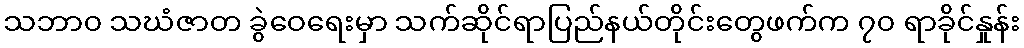
သဘာ၀ သဃံဇာတ ခွဲဝေရေးမှာ သက်ဆိုင်ရာပြည်နယ်တိုင်းတွေဖက်က ၇၀ ရာခိုင်နှုန်း